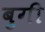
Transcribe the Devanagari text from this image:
बुगी